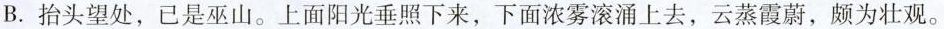
B.抬头望处，已是巫山。上面阳光垂照下来，下面浓雾滚涌上去，云蒸霞蔚，颇为壮观。